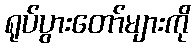
ရုပ်ပွားတော်များကို